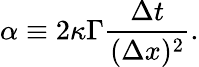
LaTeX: \alpha\equiv 2\kappa\Gamma\frac{\Delta t}{(\Delta x)^{2}}.